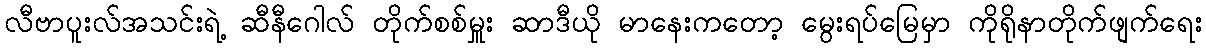
လီဗာပူးလ်အသင်းရဲ့ ဆီနီဂေါလ် တိုက်စစ်မှူး ဆာဒီယို မာနေးကတော့ မွေးရပ်မြေမှာ ကိုရိုနာတိုက်ဖျက်ရေး